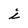
Character: i